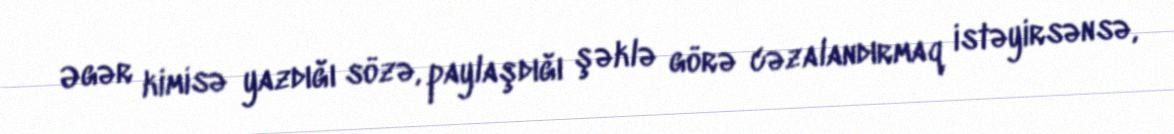
Əgər kimisə yazdığı sözə, paylaşdığı şəklə görə cəzalandırmaq istəyirsənsə,